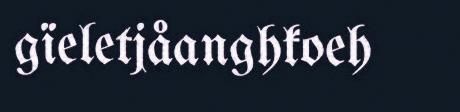
gïeletjåanghkoeh